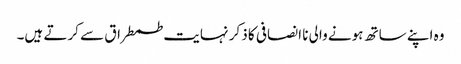
وہ اپنے ساتھ ہونے والی نا انصافی کا ذکر نہایت طمطراق سے کرتے ہیں۔